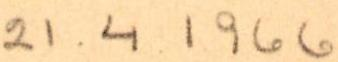
21.4.1966